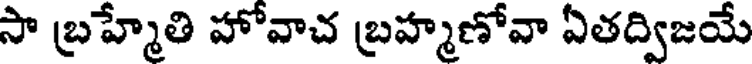
సా బ్రహ్మేతి హోవాచ బ్రహ్మణోవా ఏతద్విజయే